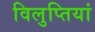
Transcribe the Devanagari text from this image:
विलुप्तियां